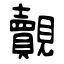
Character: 覿